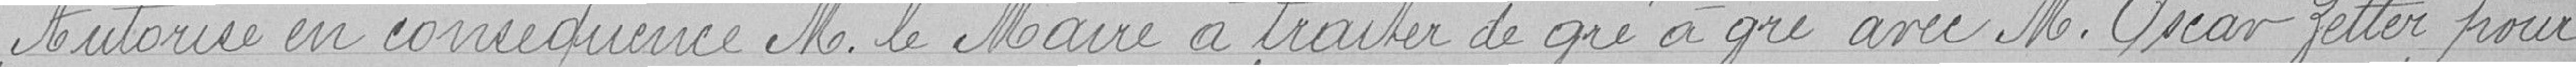
Autorise en conséquence Monsieur le Maire à traiter de gré à gré avec Monsieur Oscar Zeller pour